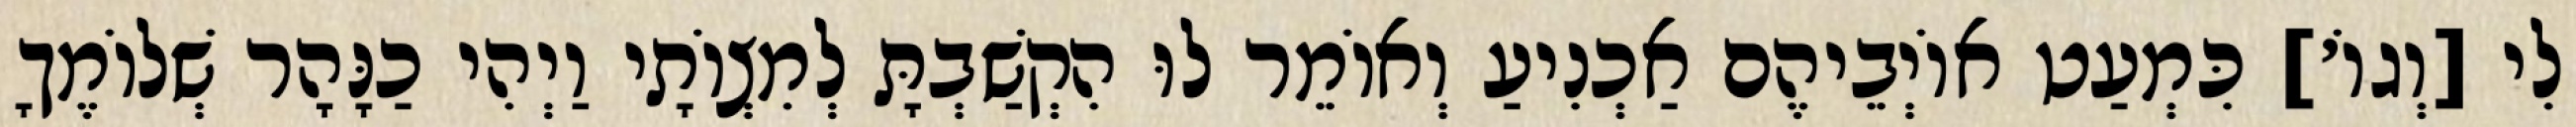
לִי [וְגוֹ׳] כִּמְעַט אוֹיְבֵיהֶם אַכְנִיעַ וְאוֹמֵר לוּ הִקְשַׁבְתָּ לְמִצְוֹתָי וַיְהִי כַנָּהָר שְׁלוֹמֶךָ